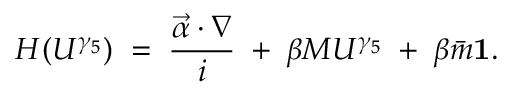
H ( U ^ { \gamma _ { 5 } } ) \; = \; \frac { \vec { \alpha } \cdot \nabla } { i } \; + \; \beta M U ^ { \gamma _ { 5 } } \; + \; \beta \bar { m } { \bf 1 } .